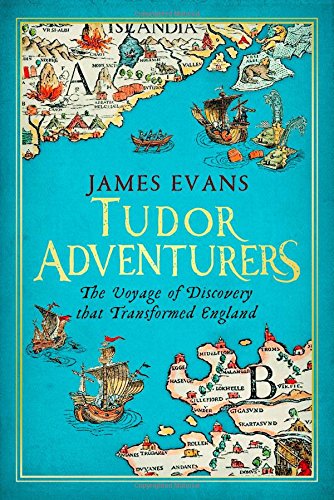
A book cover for Tudor Adventurers: The Voyage of Discovery that Transformed England; James Evans; History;